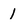
Character: 1